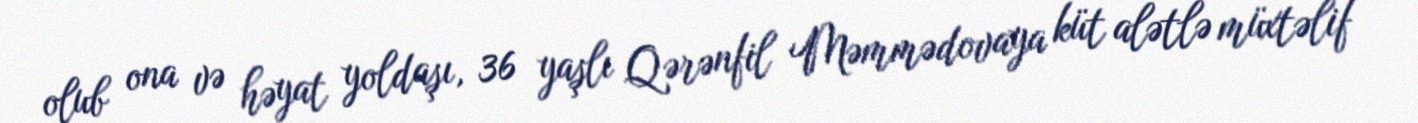
olub ona və həyat yoldaşı, 36 yaşlı Qərənfil Məmmədovaya küt alətlə müxtəlif